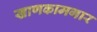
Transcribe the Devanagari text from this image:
खाणकामगार